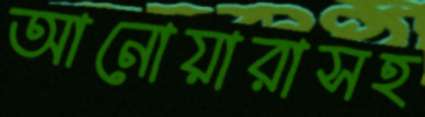
আনোয়ারাসহ